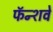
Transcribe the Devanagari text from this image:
फॅन्शवे